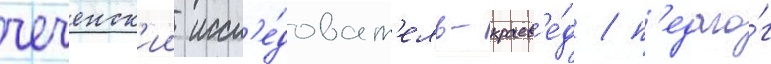
чеченск'ии иссл'е́доват'ель-краев'е́д / п'едаго́г